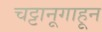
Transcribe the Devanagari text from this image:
चट्टानूगाहून